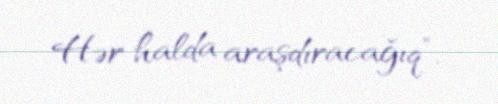
Hər halda araşdıracağıq”.